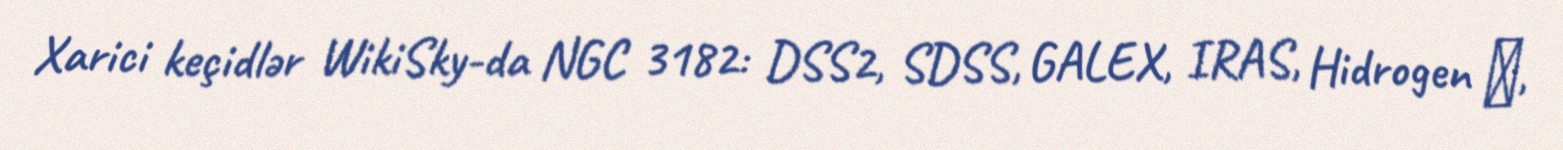
Xarici keçidlər WikiSky-da NGC 3182: DSS2, SDSS, GALEX, IRAS, Hidrogen α,